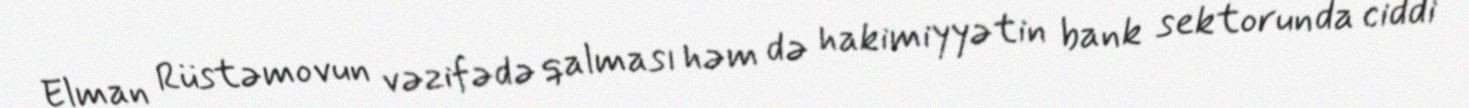
Elman Rüstəmovun vəzifədə qalması həm də hakimiyyətin bank sektorunda ciddi